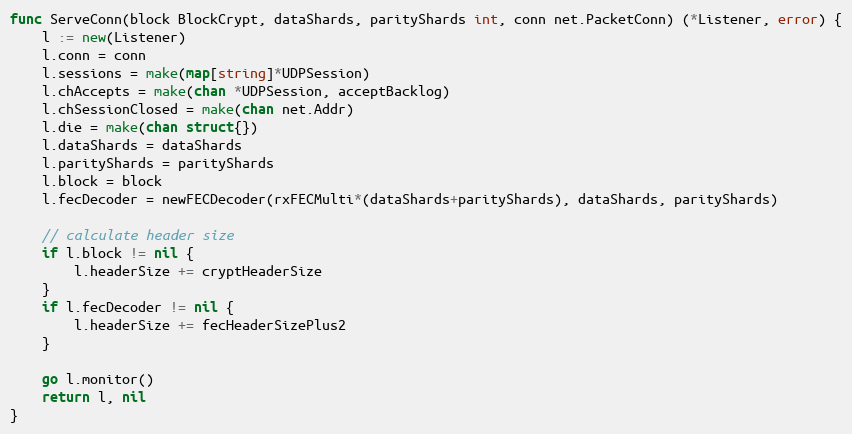
Language: Go
func ServeConn(block BlockCrypt, dataShards, parityShards int, conn net.PacketConn) (*Listener, error) {
	l := new(Listener)
	l.conn = conn
	l.sessions = make(map[string]*UDPSession)
	l.chAccepts = make(chan *UDPSession, acceptBacklog)
	l.chSessionClosed = make(chan net.Addr)
	l.die = make(chan struct{})
	l.dataShards = dataShards
	l.parityShards = parityShards
	l.block = block
	l.fecDecoder = newFECDecoder(rxFECMulti*(dataShards+parityShards), dataShards, parityShards)

	// calculate header size
	if l.block != nil {
		l.headerSize += cryptHeaderSize
	}
	if l.fecDecoder != nil {
		l.headerSize += fecHeaderSizePlus2
	}

	go l.monitor()
	return l, nil
}